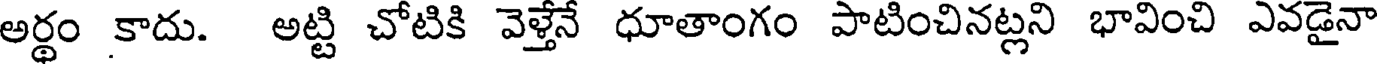
అర్థం కాదు. అట్టి చోటికి వెళ్తేనే ధూతాంగం పాటించినట్లని భావించి ఎవడైనా